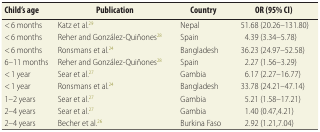
| Child’s age | Publication | Country | OR (95% CI) |
 | --- | --- | --- | --- |
 | < 6 months | Katz et al.29 | Nepal | 51.68 (20.26–131.80) |
 | < 6 months | Reher and González-Quiñones28 | Spain | 4.39 (3.34–5.78) |
 | < 6 months | Ronsmans et al.24 | Bangladesh | 36.23 (24.97–52.58) |
 | 6–11 months | Reher and González-Quiñones28 | Spain | 2.27 (1.56–3.29) |
 | < 1 year | Sear et al.27 | Gambia | 6.17 (2.27–16.77) |
 | < 1 year | Ronsmans et al.24 | Bangladesh | 33.78 (24.21–47.14) |
 | 1–2 years | Sear et al.27 | Gambia | 5.21 (1.58–17.21) |
 | 2–4 years | Sear et al.27 | Gambia | 1.40 (0.47,4.21) |
 | 2–4 years | Becher et al.26 | Burkina Faso | 2.92 (1.21,7.04) |